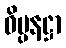
ဝိပ္ပနဋ္ဌာ